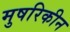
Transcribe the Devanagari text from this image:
मुषरिकीन